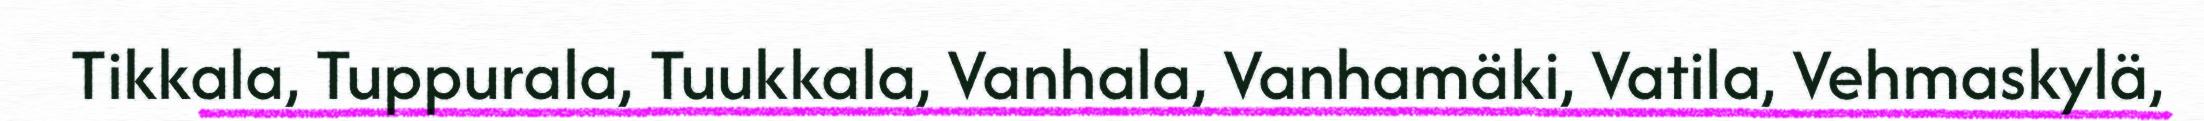
Tikkala, Tuppurala, Tuukkala, Vanhala, Vanhamäki, Vatila, Vehmaskylä,